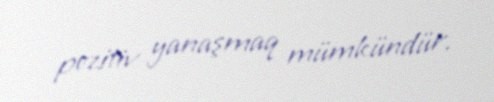
pozitiv yanaşmaq mümkündür.